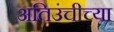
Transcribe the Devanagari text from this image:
अतिउंचीच्या